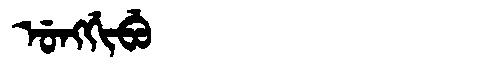
Manchu: ᡠᠩᡤᡳᠪᡠ
Romanization: UNGGIBU